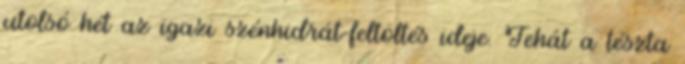
utolsó hét az igazi szénhidrát-feltöltés ideje. Tehát a tészta